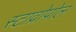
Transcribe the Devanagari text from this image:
स्टाव्रोपोल